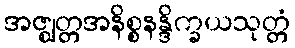
အဇ္ဈတ္တအနိစ္စနန္ဒိက္ခယသုတ္တံ